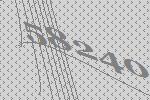
58240